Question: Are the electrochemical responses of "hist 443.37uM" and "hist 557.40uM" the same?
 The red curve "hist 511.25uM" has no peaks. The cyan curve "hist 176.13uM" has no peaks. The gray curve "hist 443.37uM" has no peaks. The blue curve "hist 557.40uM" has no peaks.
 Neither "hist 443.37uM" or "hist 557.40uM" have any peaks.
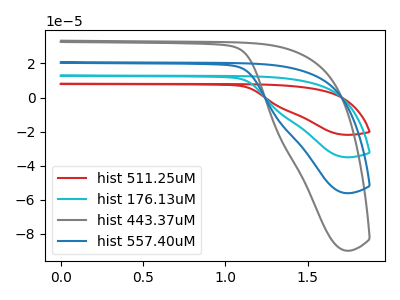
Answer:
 <answer>"hist 443.37uM" and "hist 557.40uM" are similar in shape.</answer>
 <eval>same_shape</eval>